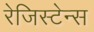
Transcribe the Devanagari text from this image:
रेजिस्टेन्स